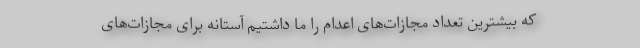
که بیشترین تعداد مجازات‌های اعدام را ما داشتیم آستانه برای مجازات‌های